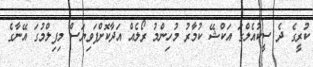
ކުރީގެ ދެ ސީކުއެލްގަ އަކްޝޭ ކުމާރު މުހިންމު ރޯލެއް އަދާކޮށްފަވިޔަސް މިފިލްމުގަ އޭނާގެ